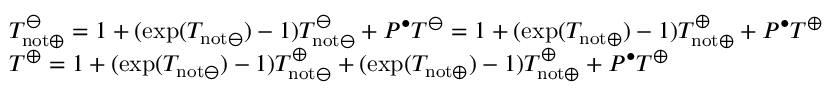
\begin{array} { r l } & { T _ { \mathrm { n o t } \oplus } ^ { \ominus } = 1 + ( \exp ( T _ { \mathrm { n o t } \ominus } ) - 1 ) T _ { \mathrm { n o t } \ominus } ^ { \ominus } + P ^ { \bullet } T ^ { \ominus } = 1 + ( \exp ( T _ { \mathrm { n o t } \oplus } ) - 1 ) T _ { \mathrm { n o t } \oplus } ^ { \oplus } + P ^ { \bullet } T ^ { \oplus } } \\ & { T ^ { \oplus } = 1 + ( \exp ( T _ { \mathrm { n o t } \ominus } ) - 1 ) T _ { \mathrm { n o t } \ominus } ^ { \oplus } + ( \exp ( T _ { \mathrm { n o t } \oplus } ) - 1 ) T _ { \mathrm { n o t } \oplus } ^ { \oplus } + P ^ { \bullet } T ^ { \oplus } } \end{array}